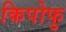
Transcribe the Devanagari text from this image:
किपोफु